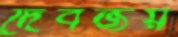
দেবজয়